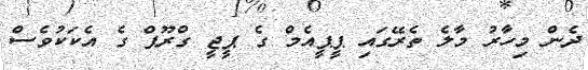
ދެން މިހާރު މާލެ ތެރޭގައި ޕީޕީއެމް ގެ ޕީޖީ ގްރޫޕް ގެ އެކަކުވެސް